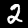
Label: 2